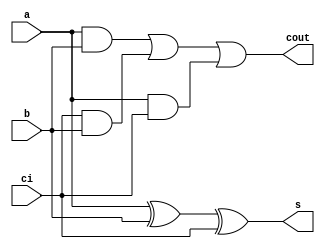
`timescale 1ns / 1ps
//////////////////////////////////////////////////////////////////////////////////
// Company: 
// Engineer: 
// 
// Design Name: 
// Module Name: fulladd_d
// Project Name: 
// Target Devices: 
// Tool Versions: 
// Description: 
// 
// Dependencies: 
// 
// Revision:
// Revision 0.01 - File Created
// Additional Comments:
// 
//////////////////////////////////////////////////////////////////////////////////


module fulladd_d(
    input a,b,ci,
    output s,cout
    );
assign s = a^b^ci;
assign cout = (a&b)|(ci&b)|(a&ci);    
endmodule